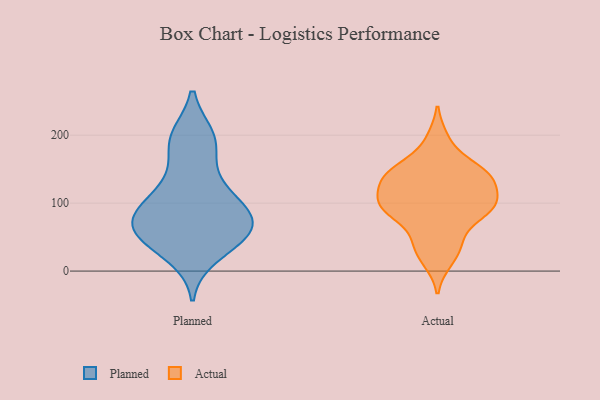
{"axis": {"x": "Population (Million)", "y": "Value"}, "legend": ["Actual", "Planned"], "data": [{"x": "", "y": 189, "type": "Planned"}, {"x": "", "y": 58, "type": "Planned"}, {"x": "", "y": 45, "type": "Planned"}, {"x": "", "y": 49, "type": "Planned"}, {"x": "", "y": 116, "type": "Planned"}, {"x": "", "y": 59, "type": "Planned"}, {"x": "", "y": 82, "type": "Planned"}, {"x": "", "y": 193, "type": "Planned"}, {"x": "", "y": 137, "type": "Planned"}, {"x": "", "y": 80, "type": "Planned"}, {"x": "", "y": 197, "type": "Planned"}, {"x": "", "y": 69, "type": "Planned"}, {"x": "", "y": 24, "type": "Planned"}, {"x": "", "y": 83, "type": "Planned"}, {"x": "", "y": 103, "type": "Planned"}, {"x": "", "y": 14, "type": "Actual"}, {"x": "", "y": 132, "type": "Actual"}, {"x": "", "y": 195, "type": "Actual"}, {"x": "", "y": 132, "type": "Actual"}, {"x": "", "y": 40, "type": "Actual"}, {"x": "", "y": 94, "type": "Actual"}, {"x": "", "y": 155, "type": "Actual"}, {"x": "", "y": 75, "type": "Actual"}, {"x": "", "y": 133, "type": "Actual"}, {"x": "", "y": 147, "type": "Actual"}, {"x": "", "y": 39, "type": "Actual"}, {"x": "", "y": 98, "type": "Actual"}, {"x": "", "y": 99, "type": "Actual"}, {"x": "", "y": 116, "type": "Actual"}, {"x": "", "y": 87, "type": "Actual"}, {"x": "", "y": 94, "type": "Actual"}, {"x": "", "y": 152, "type": "Actual"}]}